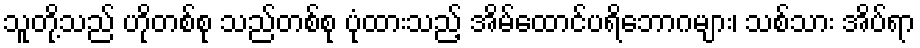
သူတို့သည် ဟိုတစ်စု သည်တစ်စု ပုံထားသည့် အိမ်ထောင်ပရိဘောဂများ၊ သစ်သား အိပ်ရာ